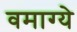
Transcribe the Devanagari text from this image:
वमाग्ये